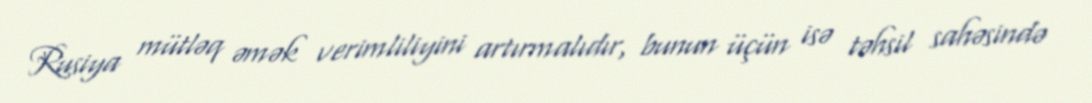
Rusiya mütləq əmək verimliliyini artırmalıdır, bunun üçün isə təhsil sahəsində